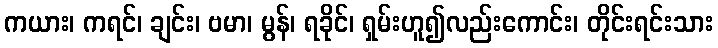
ကယား၊ ကရင်၊ ချင်း၊ ဗမာ၊ မွန်၊ ရခိုင်၊ ရှမ်းဟူ၍လည်းကောင်း၊ တိုင်းရင်းသား